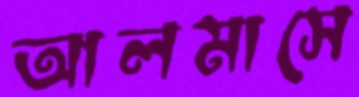
আলমাসে